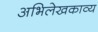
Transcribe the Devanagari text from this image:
अभिलेखकाव्य